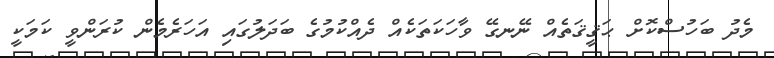
މެދު ބަހުސްކޮށް ޙަޤީޤަތެއް ނޭނގޭ ވާހަކަތަކެއް ދެއްކުމުގެ ބަދަލުގައި އަހަރެމެން ކުރަންވީ ކަމަކީ